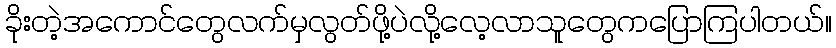
ခိုးတဲ့အကောင်တွေလက်မှလွတ်ဖို့ပဲလို့လေ့လာသူတွေကပြောကြပါတယ်။